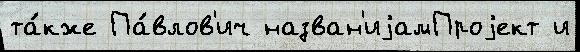
та́кже Па́влов'ич назван'иjамПроjект и